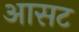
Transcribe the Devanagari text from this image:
आसट